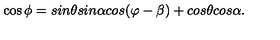
\cos \phi = s i n \theta s i n \alpha c o s ( \varphi - \beta ) + c o s \theta c o s \alpha .